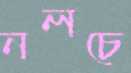
নলচে